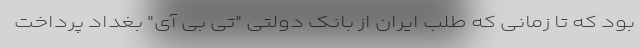
بود كه تا زمانی كه طلب ایران از بانک دولتی "تی بی آی" بغداد پرداخت